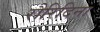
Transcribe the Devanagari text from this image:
रौरिदिना